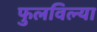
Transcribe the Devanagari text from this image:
फुलविल्या